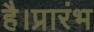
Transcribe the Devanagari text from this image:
है।प्रारंभ